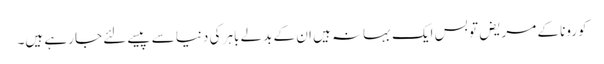
کورونا کے مریض تو بس ایک بہانہ ہیں ان کے بدلے باہر کی دنیا سے پیسے لئے جا رہے ہیں۔